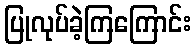
ပြုလုပ်ခဲ့ကြကြောင်း